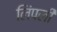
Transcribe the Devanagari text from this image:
लिंपली